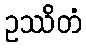
ဥဿိတံ